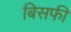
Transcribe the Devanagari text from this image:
बिसफी